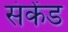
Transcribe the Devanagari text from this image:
संकेंड